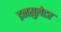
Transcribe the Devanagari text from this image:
इनसुलेटर